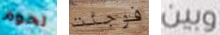
تحوم فوجئت وبين